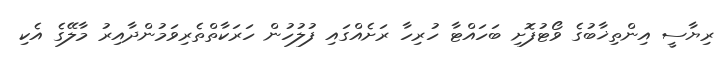
ރިޔާސީ އިންތިޚާބުގެ ވޯޓުފޮށި ބަހައްޓާ ހުރިހާ ރަށެއްގައި ފުލުހުން ހަރަކާތްތެރިވަމުންދާއިރު މާލޭގެ އެކި